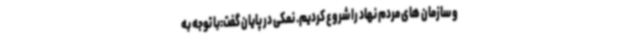
و سازمان های مردم نهاد را شروع کردیم. نمکی در پایان گفت:با توجه به